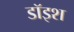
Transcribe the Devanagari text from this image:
डॉइश